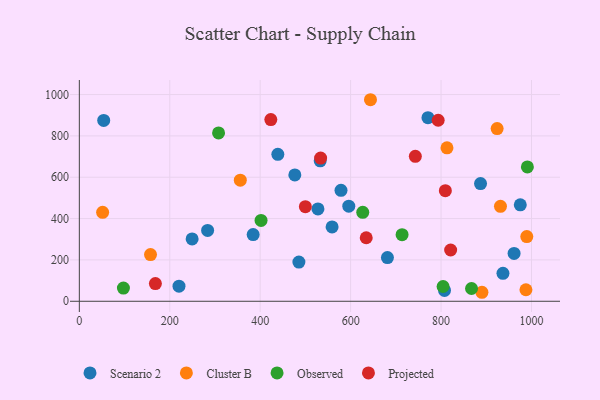
{"axis": {"x": "Investment", "y": "Yield"}, "legend": ["Cluster B", "Observed", "Projected", "Scenario 2"], "data": [{"x": "283.7", "y": 342.5, "type": "Scenario 2"}, {"x": "961.5", "y": 231.6, "type": "Scenario 2"}, {"x": "485.6", "y": 189.7, "type": "Scenario 2"}, {"x": "532.7", "y": 679.5, "type": "Scenario 2"}, {"x": "578.7", "y": 536.7, "type": "Scenario 2"}, {"x": "807.6", "y": 52.6, "type": "Scenario 2"}, {"x": "220.4", "y": 73.1, "type": "Scenario 2"}, {"x": "887.3", "y": 569.2, "type": "Scenario 2"}, {"x": "771.0", "y": 888.3, "type": "Scenario 2"}, {"x": "936.9", "y": 135.3, "type": "Scenario 2"}, {"x": "384.4", "y": 322.4, "type": "Scenario 2"}, {"x": "439.0", "y": 710.9, "type": "Scenario 2"}, {"x": "559.0", "y": 359.5, "type": "Scenario 2"}, {"x": "476.6", "y": 611.4, "type": "Scenario 2"}, {"x": "595.9", "y": 460.0, "type": "Scenario 2"}, {"x": "53.9", "y": 874.8, "type": "Scenario 2"}, {"x": "249.4", "y": 301.5, "type": "Scenario 2"}, {"x": "975.2", "y": 466.7, "type": "Scenario 2"}, {"x": "681.4", "y": 211.2, "type": "Scenario 2"}, {"x": "527.7", "y": 446.8, "type": "Scenario 2"}, {"x": "987.7", "y": 55.7, "type": "Cluster B"}, {"x": "989.6", "y": 313.1, "type": "Cluster B"}, {"x": "356.0", "y": 585.8, "type": "Cluster B"}, {"x": "157.4", "y": 225.8, "type": "Cluster B"}, {"x": "924.0", "y": 835.3, "type": "Cluster B"}, {"x": "51.5", "y": 430.1, "type": "Cluster B"}, {"x": "813.1", "y": 742.3, "type": "Cluster B"}, {"x": "643.9", "y": 975.0, "type": "Cluster B"}, {"x": "890.4", "y": 43.5, "type": "Cluster B"}, {"x": "931.4", "y": 459.1, "type": "Cluster B"}, {"x": "307.9", "y": 814.2, "type": "Observed"}, {"x": "804.5", "y": 71.4, "type": "Observed"}, {"x": "626.8", "y": 430.5, "type": "Observed"}, {"x": "990.9", "y": 649.9, "type": "Observed"}, {"x": "97.5", "y": 64.0, "type": "Observed"}, {"x": "867.4", "y": 61.7, "type": "Observed"}, {"x": "401.9", "y": 391.0, "type": "Observed"}, {"x": "713.8", "y": 322.2, "type": "Observed"}, {"x": "499.9", "y": 457.4, "type": "Projected"}, {"x": "168.2", "y": 85.8, "type": "Projected"}, {"x": "793.6", "y": 875.8, "type": "Projected"}, {"x": "809.5", "y": 535.0, "type": "Projected"}, {"x": "821.2", "y": 247.9, "type": "Projected"}, {"x": "423.5", "y": 879.1, "type": "Projected"}, {"x": "743.1", "y": 701.4, "type": "Projected"}, {"x": "634.5", "y": 307.3, "type": "Projected"}, {"x": "533.6", "y": 692.9, "type": "Projected"}]}